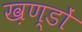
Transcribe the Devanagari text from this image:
ख़ण्डों